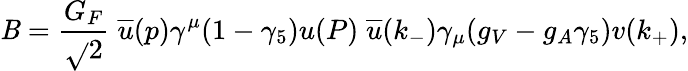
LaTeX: {\cal\mathit{B}}=\frac{{G_{F}}}{{\sqrt{}{{2}}}}\; \overline{{{{u}}}}(p)\gamma^{\mu}(1-\gamma_{5})u(P)\; \overline{{{{u}}}}(k_{-})\gamma_{\mu}(g_{V}-g_{A}\gamma_{5})v(k_{+}),